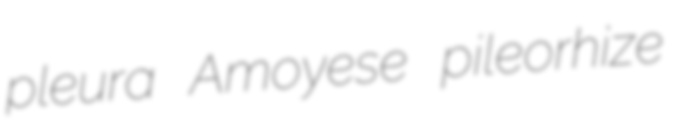
pleura Amoyese pileorhize